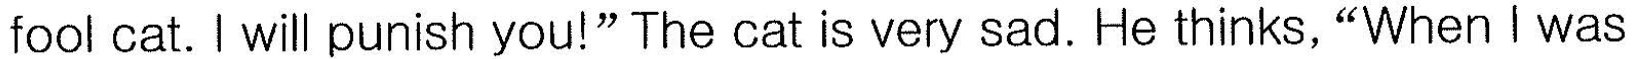
fool cat. I will punish you!"The cat is very sad. He thinks,"When I was